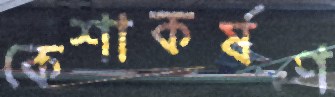
কেশাকর্ষণ